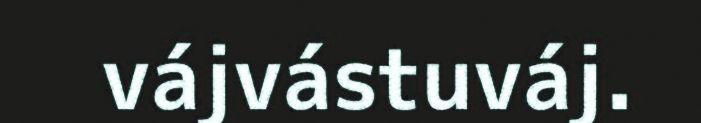
vájvástuváj.